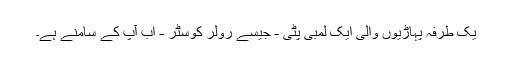
یک طرفہ پہاڑیوں والی ایک لمبی پٹی - جیسے رولر کوسٹر - اب آپ کے سامنے ہے۔